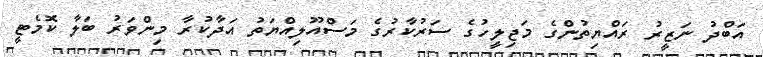
އަބްދު ނަޒީރު ރައްޔިތުންގެ މަޖިލީހުގެ ސަރުކާރުގެ މަސްއޫލިއްޔަތު އަދާކުރާ މިންވަރު ބަލާ ކޮމެޓީ